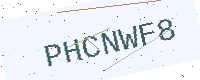
Text: PHCNWF8